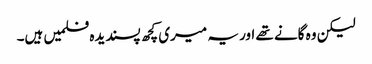
لیکن وہ گانے تھے اور یہ میری کچھ پسندیدہ فلمیں ہیں۔